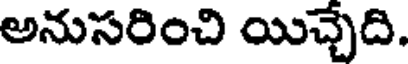
అనుసరించి యిచ్చేది.